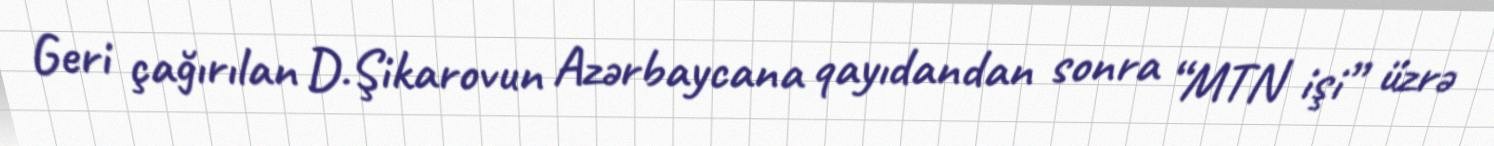
Geri çağırılan D.Şikarovun Azərbaycana qayıdandan sonra “MTN işi” üzrə